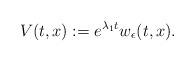
LaTeX: \begin{align*}V(t,x):=e^{\lambda_1t}w_\epsilon(t,x).\end{align*}